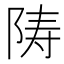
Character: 陦